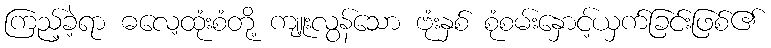
ကြည့်ခဲ့ရာ ဓလေ့ထုံးစံတို့ ကျူးလွန်သော ဗုံးနှစ် စုံစမ်းနှောင့်ယှက်ခြင်းဖြစ်၏